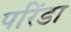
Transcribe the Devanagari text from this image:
परिंडा